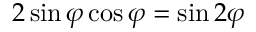
2 \sin \varphi \cos \varphi = \sin 2 \varphi